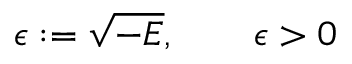
\epsilon : = \sqrt { - E } , \qquad \epsilon > 0